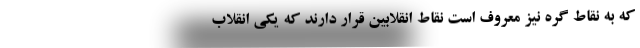
که به نقاط گره نیز معروف است نقاط انقلابین قرار دارند که یکی انقلاب